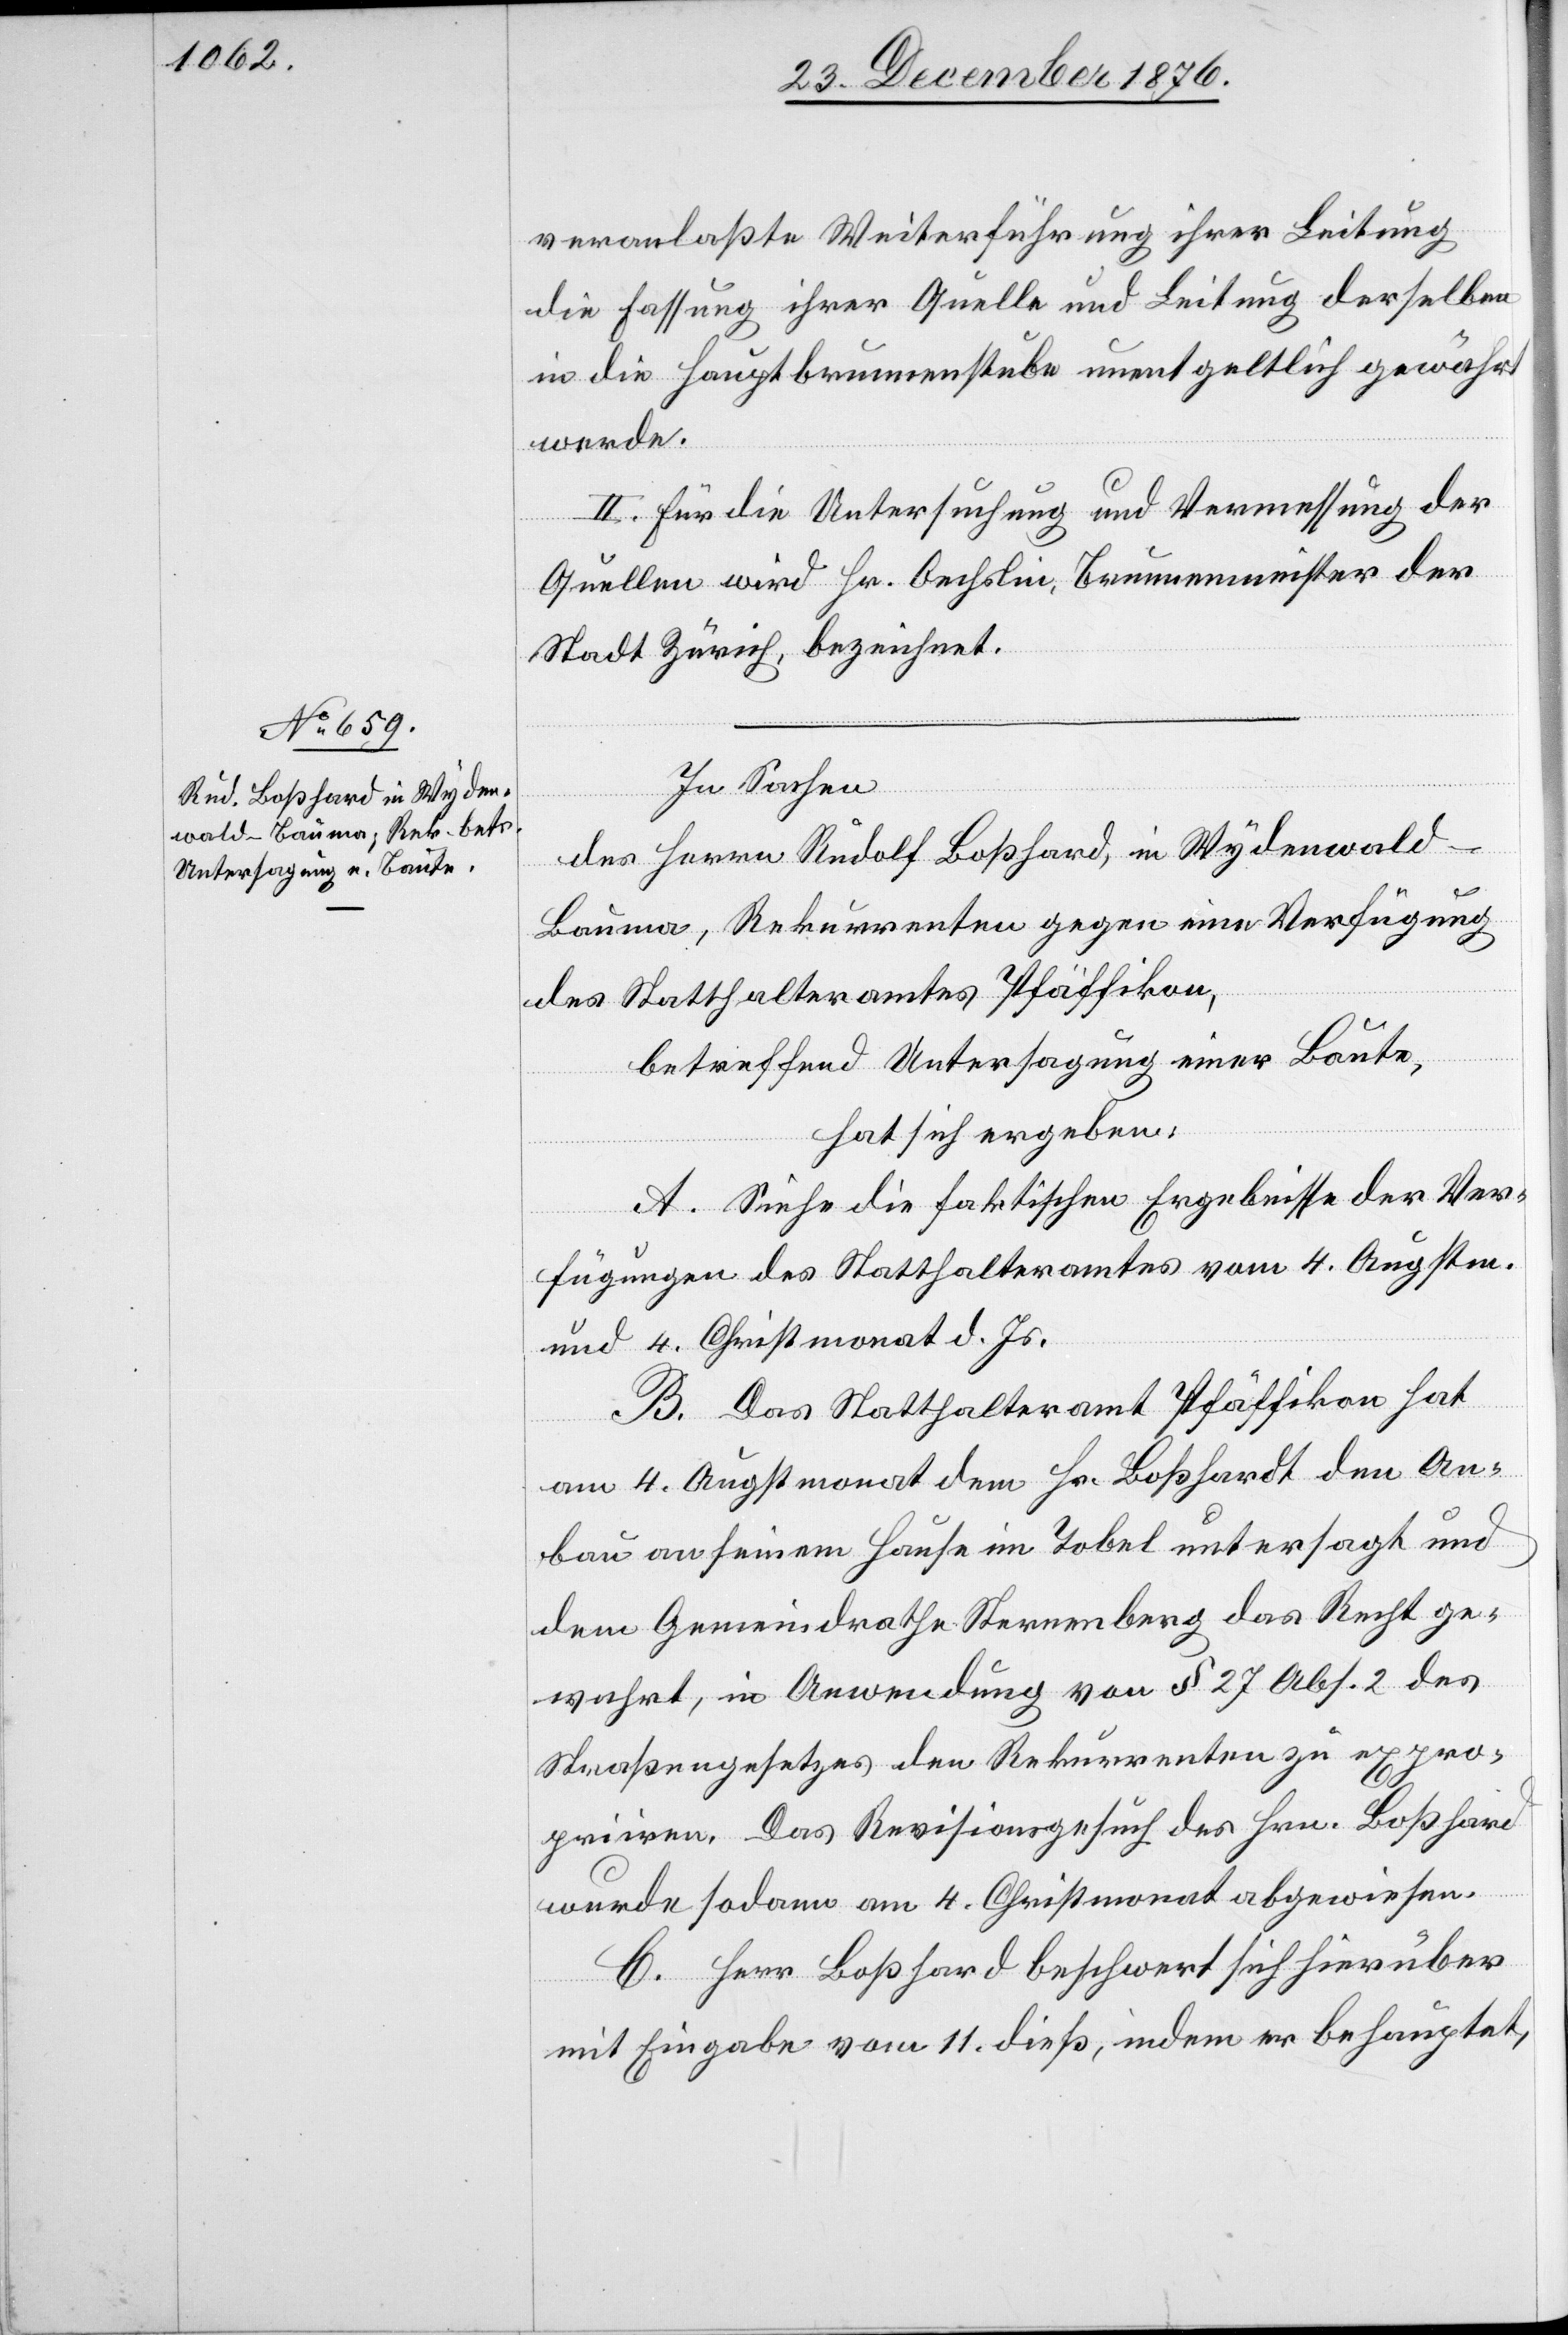
veranlaßte Weiterführung ihrer Leitung
die Fassung ihrer Quelle und Leitung derselben
in die Hauptbrunnenstube unentgeltlich gewährt
werde.
II. Für die Untersuchung und Vermessung der
Quellen wird Hr. Oechslin, Brunnenmeister der
Stadt Zürich, bezeichnet.
In Sachen
des Herrn Rudolf Boßhard, in Wydenwald -
Bauma, Rekurrenten gegen eine Verfügung
des Statthalteramtes Pfäffikon,
betreffend Untersagung einer Baute,
hat sich ergeben:
A. Siehe die faktischen Ergebnisse der Ver¬
fügungen des Statthalteramtes vom 4. Augstm.
und 4. Christmonat d. Js.
B. Das Statthalteramt Pfäffikon hat
am 4. Augstmonat dem Hrn. Boßhardt den An¬
bau an seinem Hause im Tobel untersagt und
dem Gemeindrathe Sternenberg das Recht ge¬
währt, in Anwendung von § 27 Abs. 2 des
Straßengesetzes den Rekurrenten zu expro¬
priiren. Das Revisionsgesuch des Hrn. Boßhard
wurde sodann am 4. Christmonat abgewiesen.
C. Herr Boßhard beschwert sich hierüber
mit Eingabe vom 11. dieß, indem er behauptet,